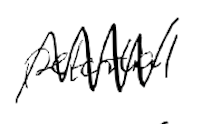
Text: potential
Cross-out: zig-zag
Writing tool: digital_black